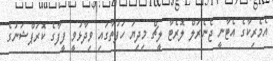
އެމެރިކާގެ އެޓާނީ ޖެނެރަލް ލޮރެޓާ ލީޗް މިދިޔަ ހަފުތާގައި ވިދާޅުވީ ފީފާގެ ކޮރަޕްޝަނުގެ